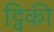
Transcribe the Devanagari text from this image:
ट्विकी